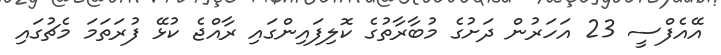
އޭއެފްސީ 23 އަހަރުން ދަށުގެ މުބާރާތުގެ ކޮލިފައިންގައި ރާއްޖެ ކުޅޭ ފުރަަތަމަ މެޗުގައި